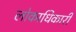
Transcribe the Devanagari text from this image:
लोकाधिकारी